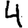
Digit: 4